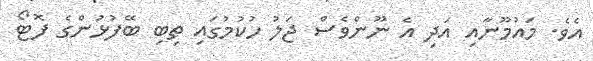
އެވެ. މައުމޫނާއި އަދި އެ ނޫންވެސް ޖަލު ހުކުމުގައި ތިބި ބޭފުޅުންގެ ފޮޓޯ